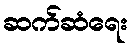
ဆက်ဆံရေး